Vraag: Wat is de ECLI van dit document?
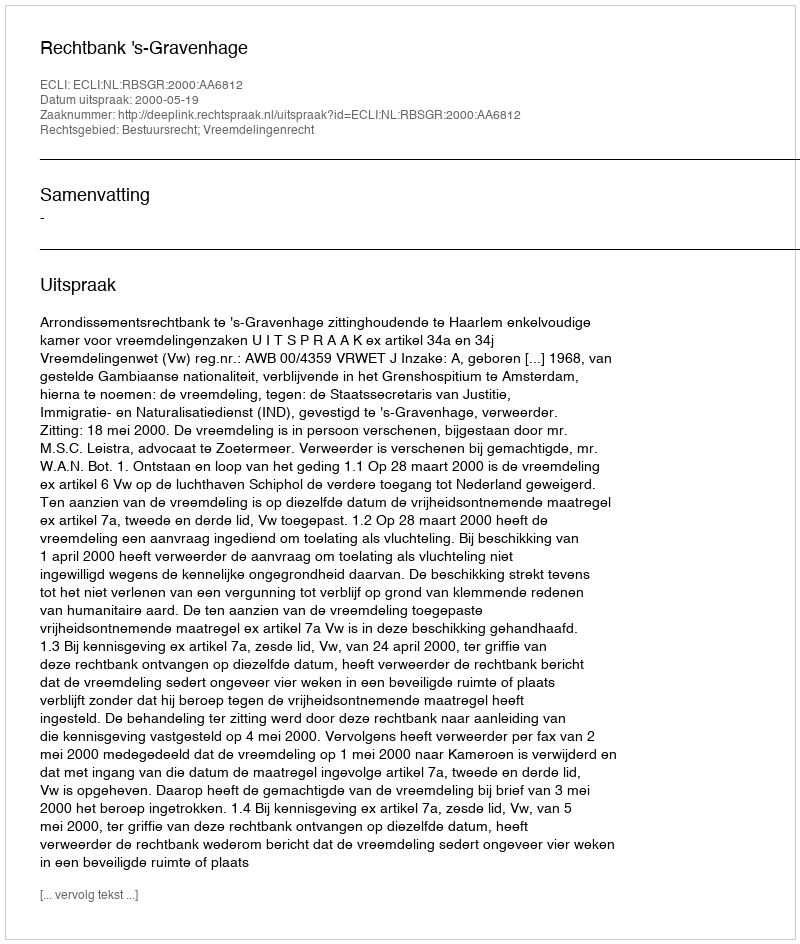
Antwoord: ECLI:NL:RBSGR:2000:AA6812